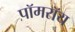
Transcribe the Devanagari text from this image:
पॉमरॉय